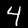
Label: 4